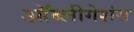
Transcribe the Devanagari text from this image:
ऑब्लीगेशंस